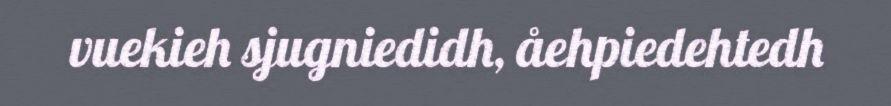
vuekieh sjugniedidh, åehpiedehtedh